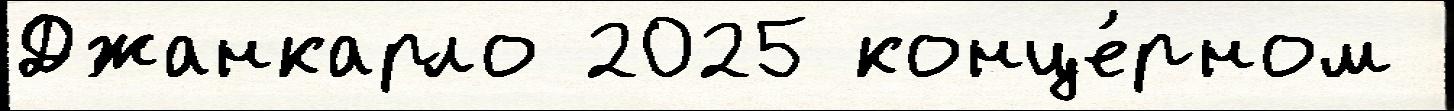
Джанкарло 2025 конце́рном